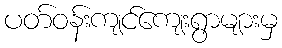
ပတ်ဝန်းကျင်ကျေးရွာများမှ